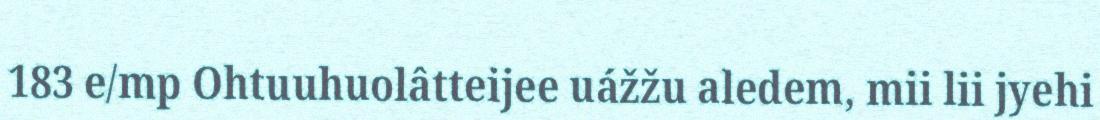
183 e/mp Ohtuuhuolâtteijee uážžu aledem, mii lii jyehi